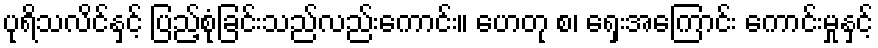
ပုရိသလိင်နှင့် ပြည့်စုံခြင်းသည်လည်းကောင်း။ ဟေတု စ၊ ရှေးအကြောင်း ကောင်းမှုနှင့်